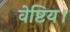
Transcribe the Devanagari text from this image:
वेष्टिय।